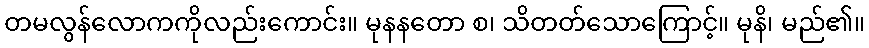
တမလွန်လောကကိုလည်းကောင်း။ မုနနတော စ၊ သိတတ်သောကြောင့်။ မုနိ၊ မည်၏။